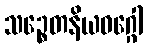
သဉ္စေတနိယဝဂ္ဂေါ